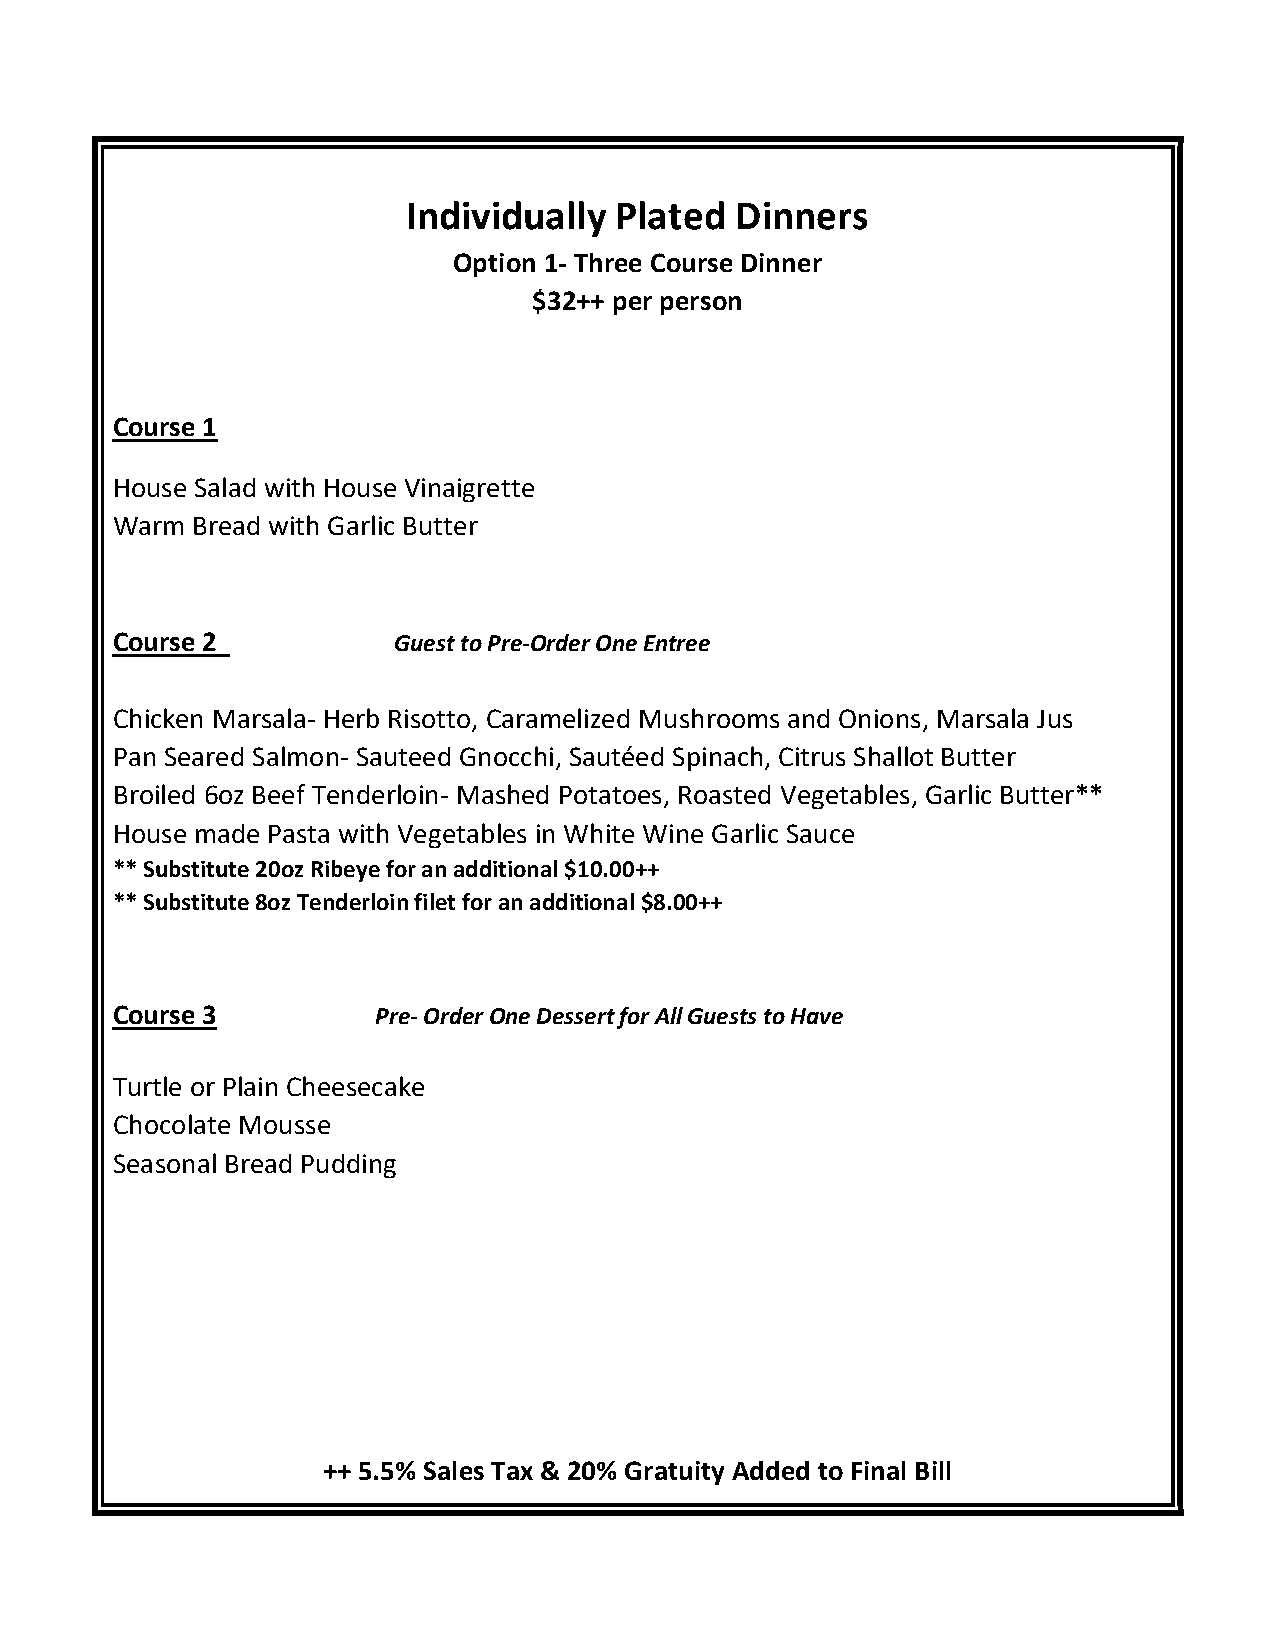
Individually  Plated  Dinners
 Option 1- Three Course Dinner
 $32++ per person
 Course 1
 House Salad with House Vinaigrette
 Warm  Bread with Garlic Butter
 Course 2           Guest to Pre-Order One Entree
 Chicken Marsala- Herb Risotto, Caramelized Mushrooms and Onions, Marsala Jus
 Pan Seared Salmon- Sauteed Gnocchi, Sautéed Spinach, Citrus Shallot Butter
 Broiled 6oz Beef Tenderloin- Mashed Potatoes, Roasted Vegetables, Garlic Butter**
 House made Pasta with Vegetables in White Wine Garlic Sauce
 ** Substitute 20oz Ribeye for an additional $10.00++
 ** Substitute 8oz Tenderloin filet for an additional $8.00++
 Course 3          Pre- Order One Dessert for All Guests to Have
 Turtle or Plain Cheesecake
 Chocolate Mousse
 Seasonal Bread Pudding
 ++ 5.5% Sales Tax & 20% Gratuity Added to Final Bill